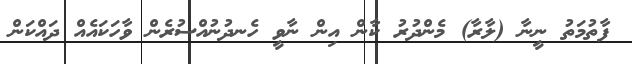
ފާތުމަތު ނީނާ (ލާރާ) މެންދުރު ކާން އިން ނާވީ ހެނދުނުއްސުރެން ވާހަކައެއް ދައްކަން